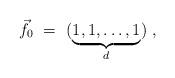
LaTeX: \begin{align*}\vec{f_0} \ =\ (\underbrace{1,1, \ldots,1}_{d})\ ,\end{align*}